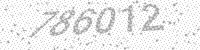
Solution: 786012